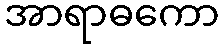
အာရာဓကော